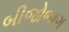
બીજોભાગ